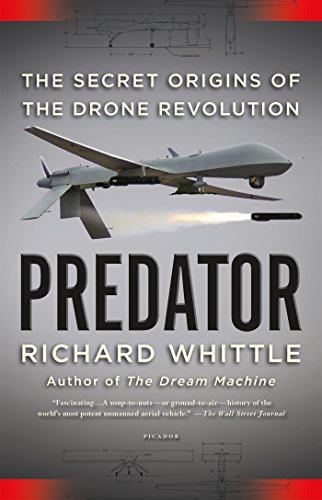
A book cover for Predator: The Secret Origins of the Drone Revolution; Richard Whittle; History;